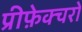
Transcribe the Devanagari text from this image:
प्रीफ़ेक्चरों